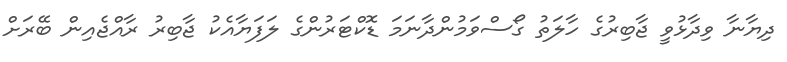
ދިޔާނާ ވިދާޅުވީ ޖާބިރުގެ ހާލަތު ގޯސްވަމުންދާނަމަ ޑޮކްޓަރުންގެ ލަފަޔާއެކު ޖާބިރު ރާއްޖެއިން ބޭރަށް